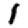
Digit: 1